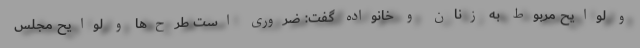
و لوایح مربوط به زنان و خانواده گفت: ضروری است طرح‌ها و لوایح مجلس